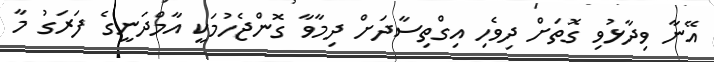
އޭނާ ވިދާޅުވި ގޮތަށް ދިވެހި އިގްތިސާދަށް ދިމާވާ ގޮންޖެހުމަކީ އާމްދަނީގެ ފަރަގު މާ